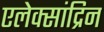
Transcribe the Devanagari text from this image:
एलेक्सांद्रिन